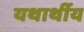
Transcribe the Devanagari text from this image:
यथार्थीय